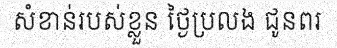
សំខាន់របស់ខ្លួន ថ្ងៃប្រលង ជូនពរ